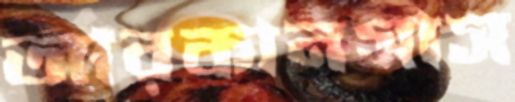
আরকানসাস